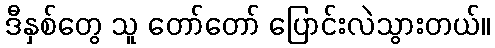
ဒီနှစ်တွေ သူ တော်တော် ပြောင်းလဲသွားတယ်။